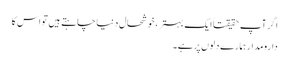
اگر آپ حقیقتاً ایک بہتر، خوشحال دنیا چاہتے ہیں تو اس کا
دارومدار ہمارے دلوں پر ہے۔